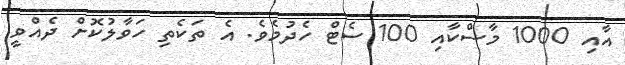
އާއި 1000 މާސްކާއި 100 ސެޓް ހެދުމެވެ. އެ ތަކެތި ހަވާލުކޮށް ދެއްވީ